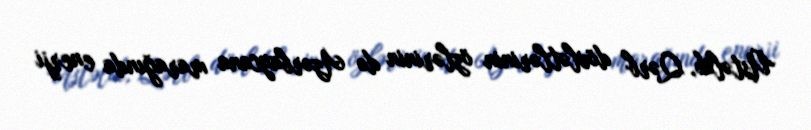
Üstəlik, Qərb dövlətlərinin özlərinin də Azərbaycana marağında enerji